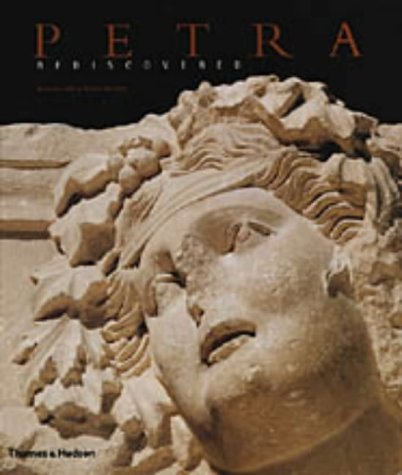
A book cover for Petra Rediscovered: Lost City of the Nabataeans; Glenn E. Markoe; History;